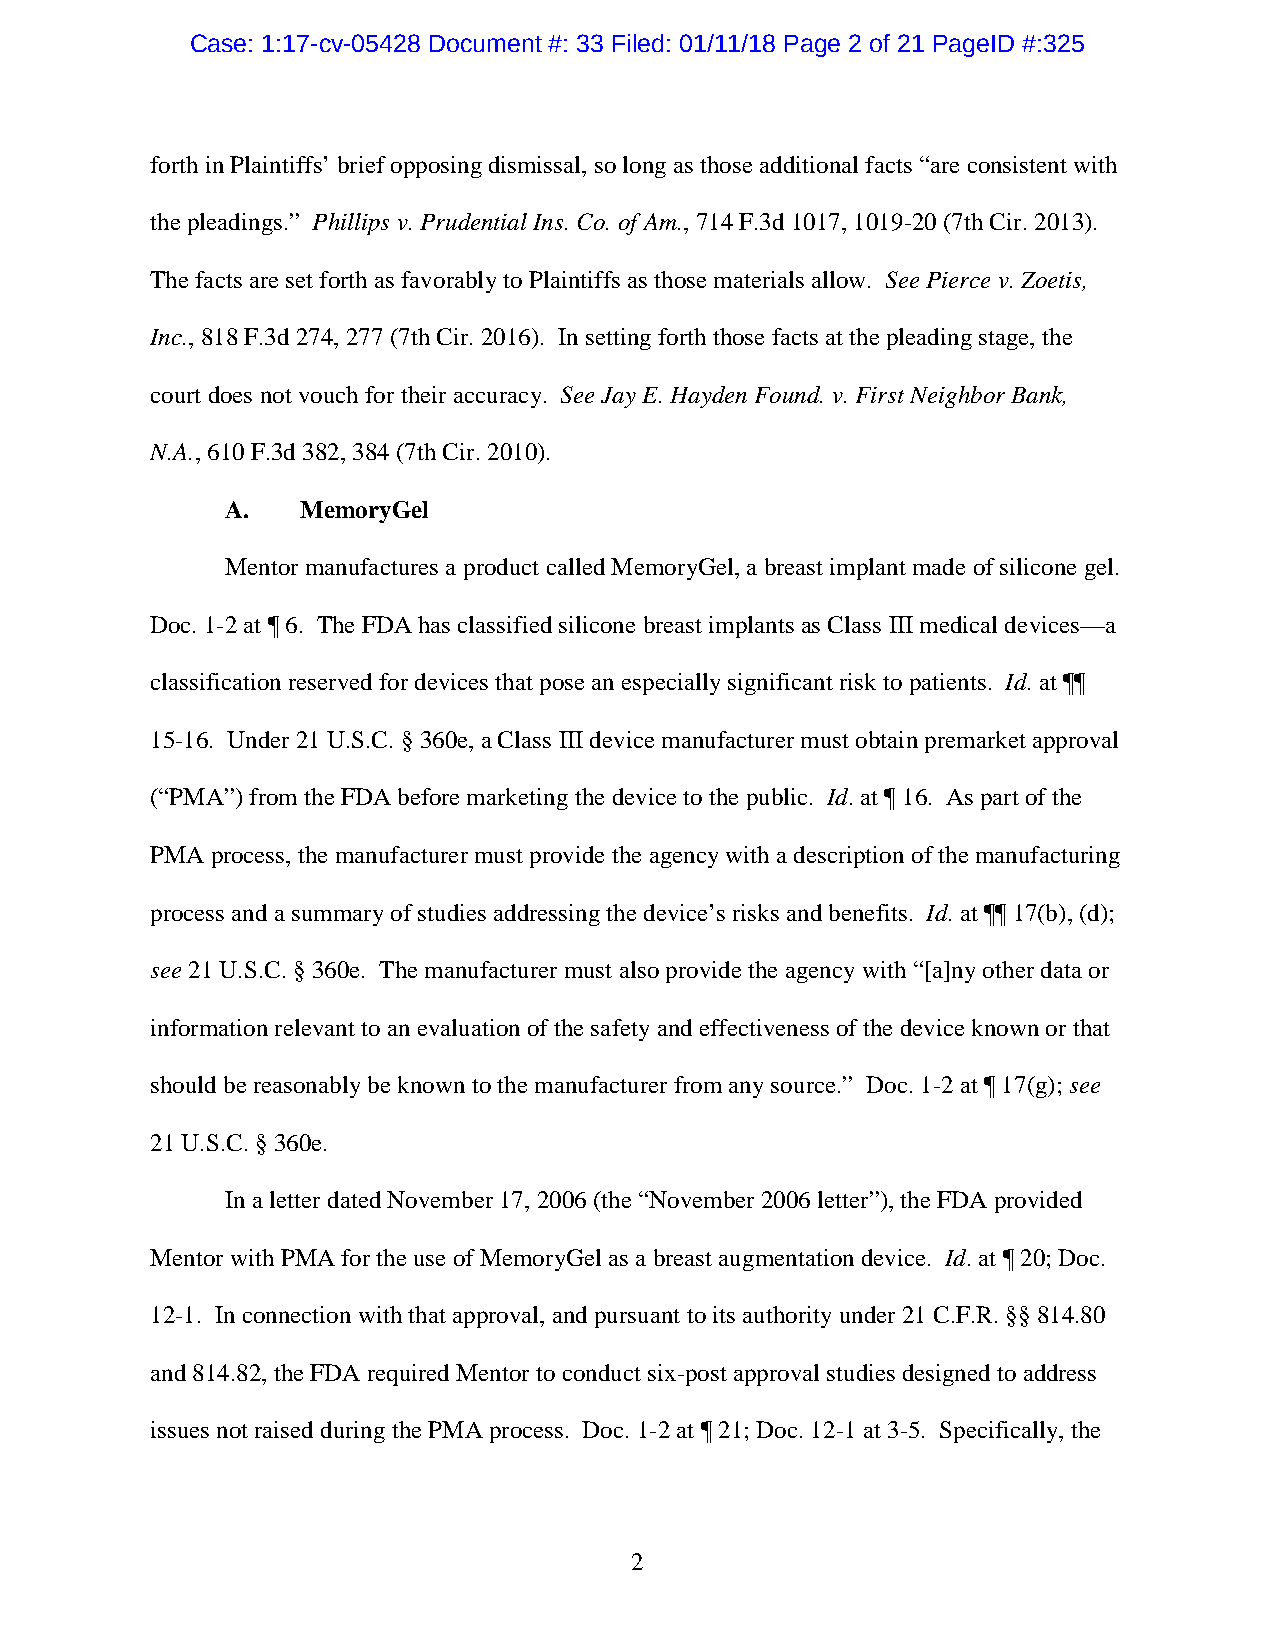
Case: 1:17-cv-05428 Document #: 33 Filed: 01/11/18 Page 2 of 21 PageID #:325
 forth in Plaintiffs’ brief opposing dismissal, so long as those additional facts “are consistent with
 the pleadings.” Phillips v. Prudential Ins. Co. of Am., 714 F.3d 1017, 1019-20 (7th Cir. 2013).
 The facts are set forth as favorably to Plaintiffs as those materials allow. See Pierce v. Zoetis,
 Inc., 818 F.3d 274, 277 (7th Cir. 2016). In setting forth those facts at the pleading stage, the
 court does not vouch for their accuracy. See Jay E. Hayden Found. v. First Neighbor Bank,
 N.A., 610 F.3d 382, 384 (7th Cir. 2010).
 A.   MemoryGel
 Mentor manufactures a product called MemoryGel, a breast implant made of silicone gel.
 Doc. 1-2 at ¶ 6. The FDA has classified silicone breast implants as Class III medical devices—a
 classification reserved for devices that pose an especially significant risk to patients. Id. at ¶¶
 15-16. Under 21 U.S.C. § 360e, a Class III device manufacturer must obtain premarket approval
 (“PMA”) from the FDA before marketing the device to the public. Id. at ¶ 16. As part of the
 PMA process, the manufacturer must provide the agency with a description of the manufacturing
 process and a summary of studies addressing the device’s risks and benefits. Id. at ¶¶ 17(b), (d);
 see 21 U.S.C. § 360e. The manufacturer must also provide the agency with “[a]ny other data or
 information relevant to an evaluation of the safety and effectiveness of the device known or that
 should be reasonably be known to the manufacturer from any source.” Doc. 1-2 at ¶ 17(g); see
 21 U.S.C. § 360e.
 In a letter dated November 17, 2006 (the “November 2006 letter”), the FDA provided
 Mentor with PMA for the use of MemoryGel as a breast augmentation device. Id. at ¶ 20; Doc.
 12-1. In connection with that approval, and pursuant to its authority under 21 C.F.R. §§ 814.80
 and 814.82, the FDA required Mentor to conduct six-post approval studies designed to address
 issues not raised during the PMA process. Doc. 1-2 at ¶ 21; Doc. 12-1 at 3-5. Specifically, the
 2